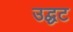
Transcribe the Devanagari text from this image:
उद्घट